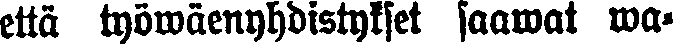
että työwäenyhdistykset saawat wa-